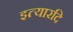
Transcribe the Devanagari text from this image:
इत्यारदि